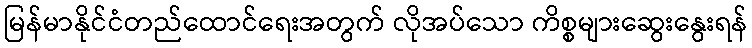
မြန်မာနိုင်ငံတည်ထောင်ရေးအတွက် လိုအပ်သော ကိစ္စများဆွေးနွေးရန်